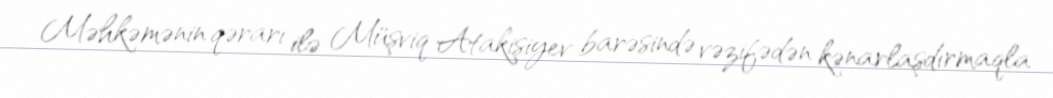
Məhkəmənin qərarı ilə Müşviq Atakişiyev barəsində vəzifədən kənarlaşdırmaqla